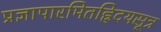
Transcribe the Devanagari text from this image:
प्रज्ञापारमितह्रिदयसूत्र